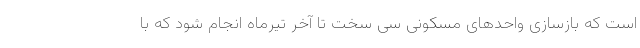
است که بازسازی واحدهای مسکونی سی سخت تا آخر تیرماه انجام شود که با